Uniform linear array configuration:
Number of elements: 24
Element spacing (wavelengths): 0.25
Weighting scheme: cosine
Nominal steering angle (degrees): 15
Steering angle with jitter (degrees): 15.21
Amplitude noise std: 0.05
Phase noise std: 0.05

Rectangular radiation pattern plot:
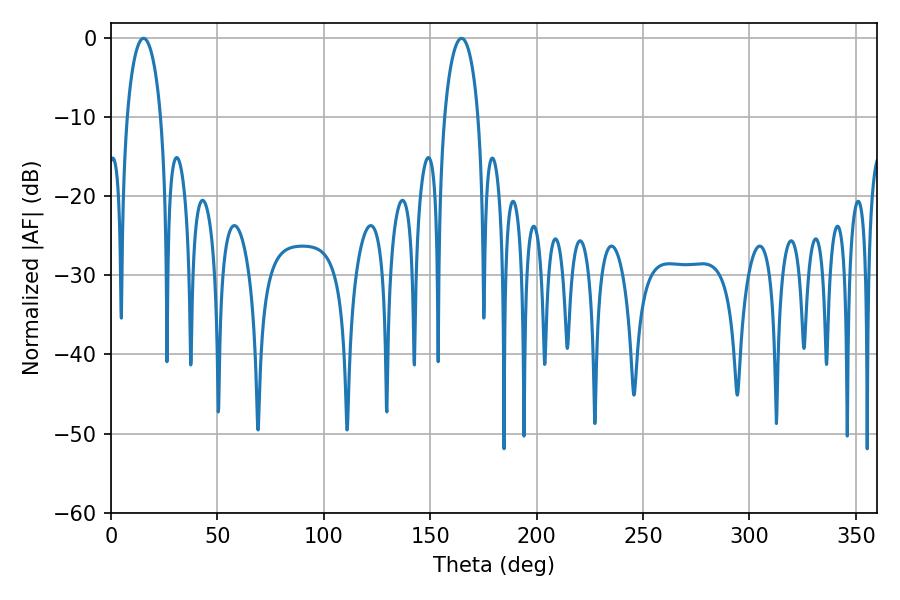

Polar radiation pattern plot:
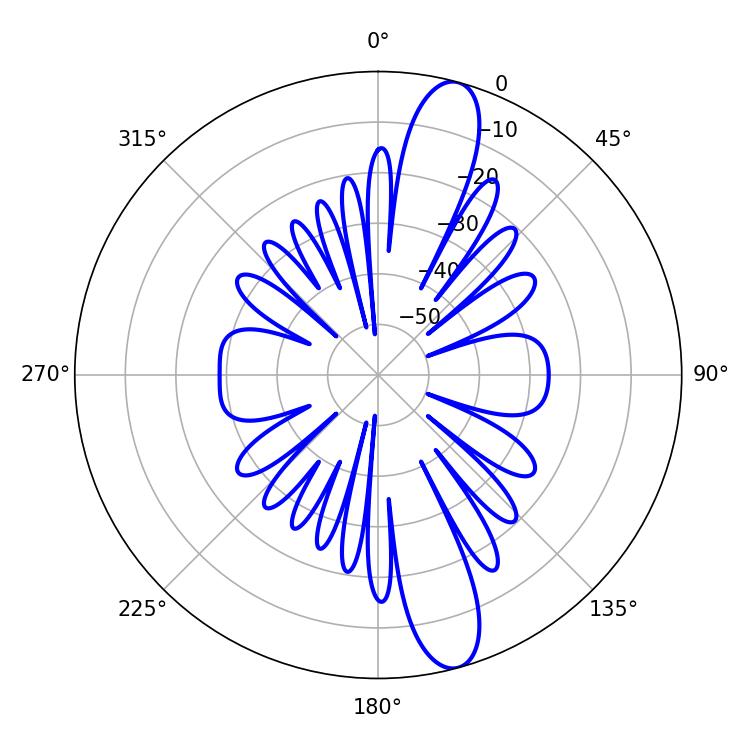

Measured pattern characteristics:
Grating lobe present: FALSE
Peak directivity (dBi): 13.38
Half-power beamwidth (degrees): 9
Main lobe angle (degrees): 15.3